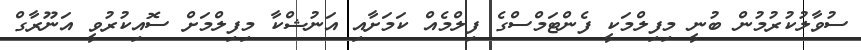
ސުވާލުކުރުމުން ބުނީ މިފިލްމަކީ ފެންޓަމްސްގެ ފިލްމެއް ކަމަށާއި އަނުޝްކާ މިފިލްމަށް ސޮއިކުރުވީ އަނޫރާގް